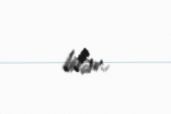
bilər..